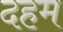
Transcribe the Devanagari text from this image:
दहम